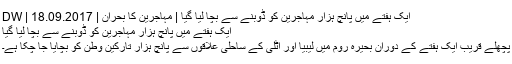
ايک ہفتے ميں پانچ ہزار مہاجرين کو ڈوبنے سے بچا ليا گيا | مہاجرین کا بحران | DW | 18.09.2017
ايک ہفتے ميں پانچ ہزار مہاجرين کو ڈوبنے سے بچا ليا گيا
پچھلے قريب ايک ہفتے کے دوران بحيرہ روم ميں ليبيا اور اٹلی کے ساحلی علاقوں سے پانچ ہزار تارکين وطن کو بچايا جا چکا ہے۔